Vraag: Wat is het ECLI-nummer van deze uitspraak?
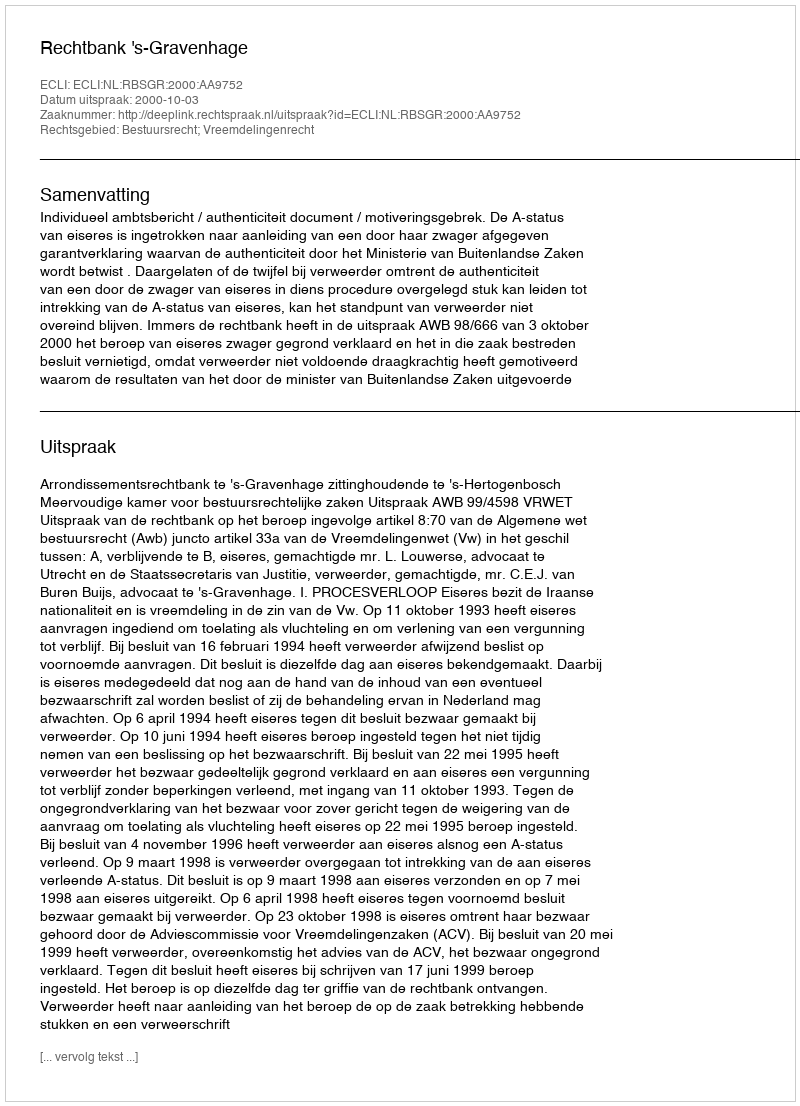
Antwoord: ECLI:NL:RBSGR:2000:AA9752